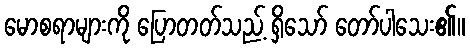
မောစရာများကို ပြောတတ်သည့် ရှိသော် တော်ပါသေး၏။